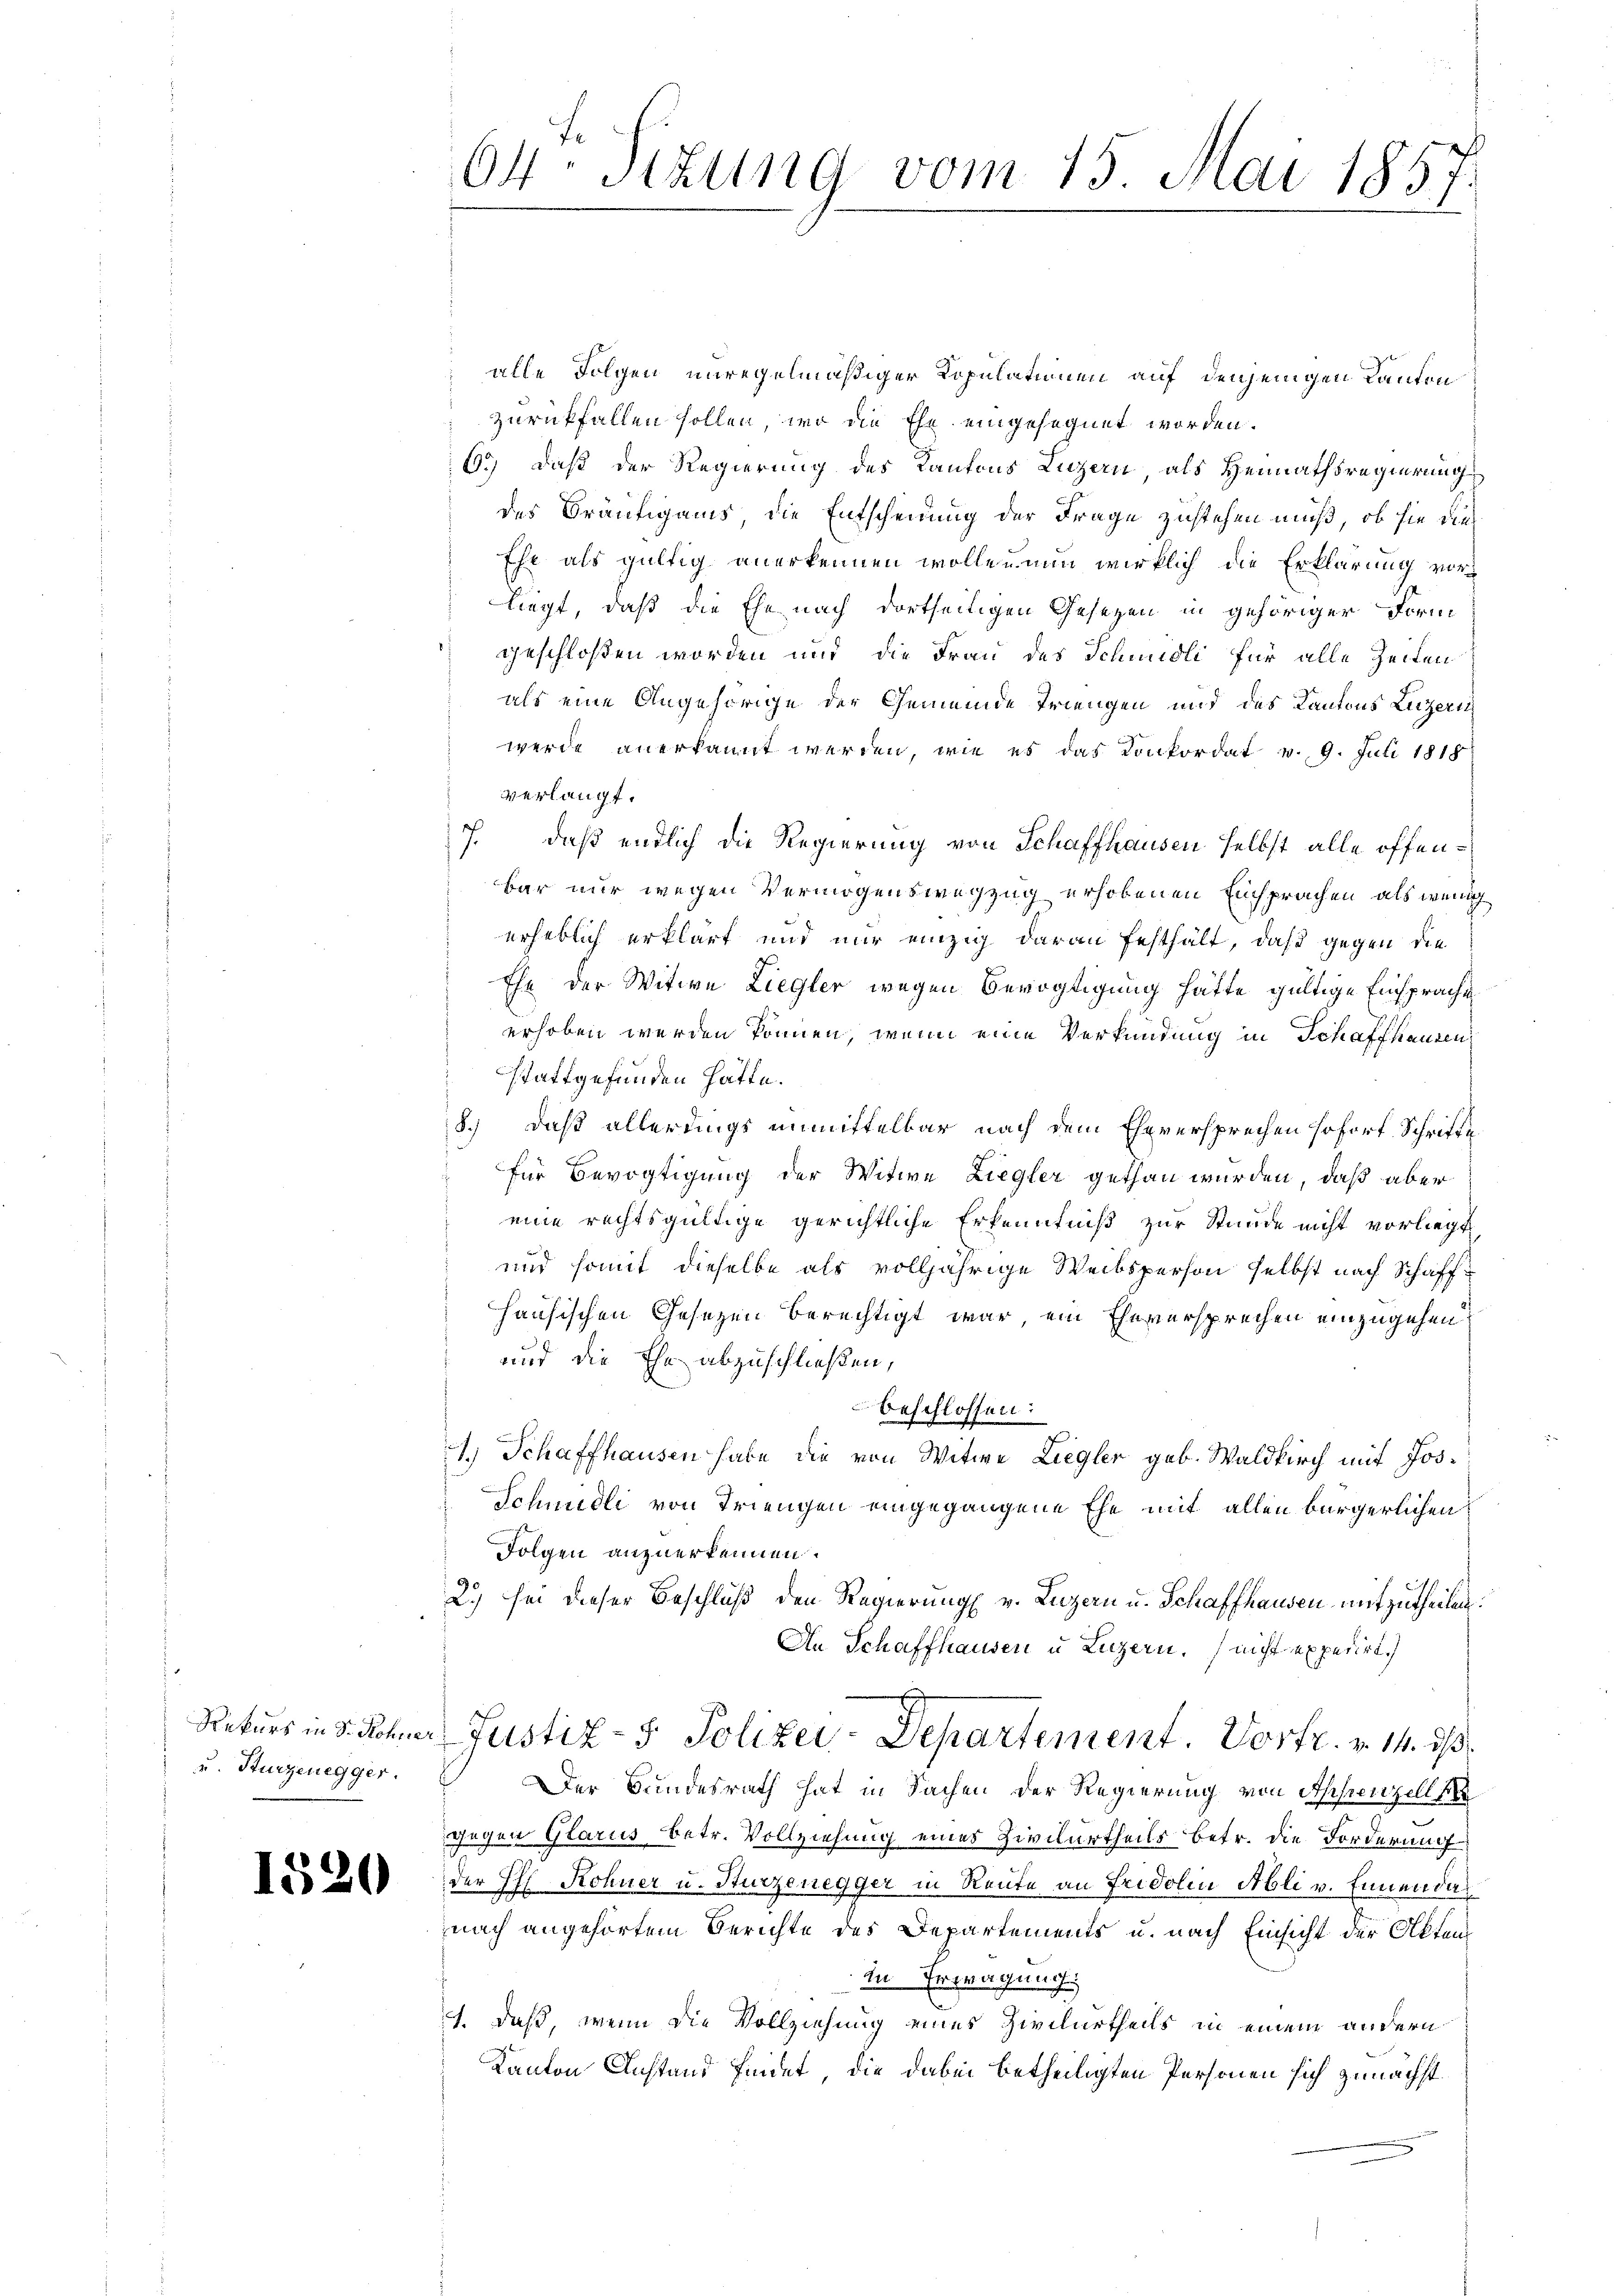
u. Sturzenegger.

1520

64. Sizung vom 15. Mai 1857.

alle Folgen unregelmäßiger Kopulationen auf denjenigen Kanton
zurückfallen sollen, wo die Ehe eingesegnet worden.
6.) Daß der Regierung des Kantons Luzern, als Heimathsregierung
des Bräutigams, die Entscheidung der Frage zustehen muß, ob sie die
Ehe als gültig anerkennen wollen nun wirklich die Erklärung von
liegt, daß die Ehe nach dortseitigen Gesetzen in gehöriger Form
geschloßen worden und die Frau des Schmidli für alle Zeiten
als eine Angehörige der Gemeinde Triengen und des Kantons Luzern
werde anerkannt werden, wie es das Konkordat v. 9. Juli 1818
verlangt.
7. daß endlich die Regierung von Schaffhausen selbst alle offenbar nur wegen Vermögenswegzug erhobenen Einsprachen als wenig
erheblich erklärt und nur einzig daran festhält, daß gegen die
Ehe der Witwe Liegler wegen Bevogtigung hätte gültige Einsprache
erhoben werden können, wenn eine Verkündung in Schaffhausen
stattgefunden hätte.
8.) Daß allerdings unmittelbar nach dem Eheversprechen sofort Schrifte
für Bevogtigung der Witwe Liegler gethan würden, daß aber
eine rechtsgültige gerichtliche Erkenntniß zur Stunde nicht vorliegt
und somit dieselbe als volljährige Weibsperson selbst nach Schaffhausischen Gesezen berechtigt war, ein Eheversprechen einzugehen.
und die Ehe abzuschließen,
beschlossen:
1.) Schaffhausen habe die von Witwe Liegler geb. Waldkirch mit Jos.
Schmidli von Triengen eingegangene Ehe mit allen bürgerlichen
Folgen anzuerkennen.
2.) sei dieser Beschluß den Regierung v. Luzern u. Schaffhausen mitzutheilen:
An Schaffhausen u Luzern, nicht expedirt.)
Rekurs in d. Schner Justiz- & Polizei-Departement. Vortr. v. 14. ds.
Der Bundesrath hat in Sachen der Regierung von Appenzell ke
Gegen Glarus betr. Vollziehung eines Zivilurtheils betr. die Forderung
der Pfl Rohner u. Kurzenegger in Reute an Fridolin Abli v. Ennendas
nach angehörtem Berichte des Departements u. nach Einsicht der Akten
In Ertragung.
1. Daß, wenn die Vollziehung eines Zivilurtheils in einem andern
Kanton Anstand findet, die dabei betheiligten Personen sich zunächst